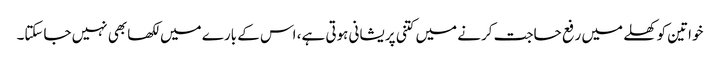
خواتین کو کھلے میں رفع حاجت کرنے میں کتنی پریشانی ہوتی ہے، اس کے بارے میں لکھا بھی نہیں جاسکتا۔